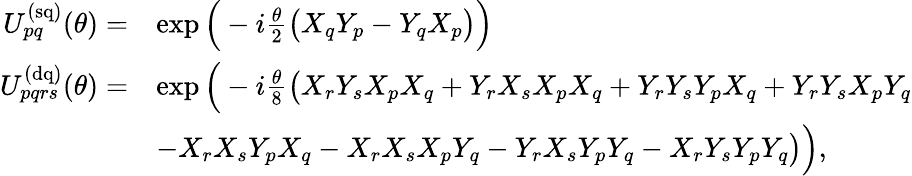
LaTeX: \begin{array}{rl}{U_{pq}^{\mathrm{(sq)}}(\theta)=}&{\exp\Big(-i\frac{\theta}{2}\big(X_{q}Y_{p}-Y_{q}X_{p}\big)\Big)}\\ {U_{pqrs}^{\mathrm{(dq)}}(\theta)=}&{\exp\Big(-i\frac{\theta}{8}\big(X_{r}Y_{s}X_{p}X_{q}+Y_{r}X_{s}X_{p}X_{q}+Y_{r}Y_{s}Y_{p}X_{q}+Y_{r}Y_{s}X_{p}Y_{q}}\\ &{-X_{r}X_{s}Y_{p}X_{q}-X_{r}X_{s}X_{p}Y_{q}-Y_{r}X_{s}Y_{p}Y_{q}-X_{r}Y_{s}Y_{p}Y_{q}\big)\Big),}\end{array}